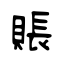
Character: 賬